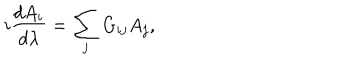
LaTeX: i { \frac { d A _ { i } } { d \lambda } } = \sum _ { j } G _ { i j } A _ { j } ,